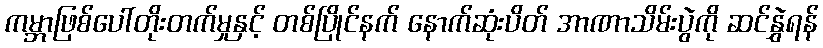
ကမ္ဘာဖြစ်ပေါ်တိုးတက်မှုနှင့် တစ်ပြိုင်နက် နောက်ဆုံးပိတ် အာဏာသိမ်းပွဲကို ဆင်နွှဲရန်